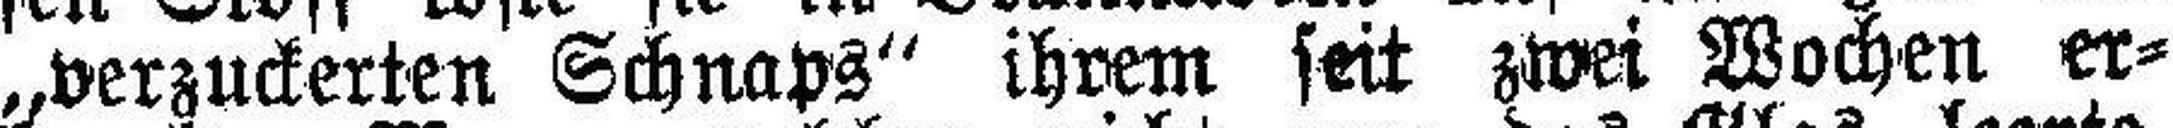
„verzuckerten Schnaps“ ihrem seit zwei Wochen er¬